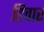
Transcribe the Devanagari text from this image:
हिवार